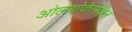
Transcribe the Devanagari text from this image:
ओलेयोकेमिकल